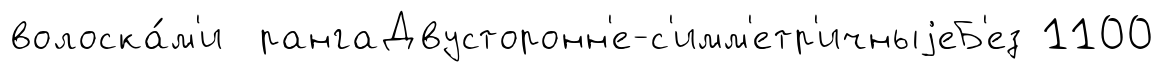
волоска́м'и рангаДвусторонн'е-с'имм'етр'ичныjеБ'ез 1100